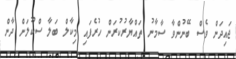
ޖައިދަން ވެސް ބޭނުންވާ ސާމާނު ތައްޔާރުކުރަން ހުރެފައި މިކާލް ބަލާ ސްކޫލަށް ދާން